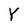
Character: Y